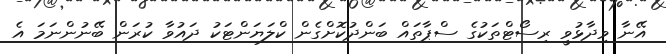
އޭނާ ވިދާޅުވީ ރިސޯޓްތަކުގެ ސްޕާތައް ބަންދުކޮށްގެން ކްލަޔަންޓަކު ދައުވާ ކުރަން ބޭނުންނަމަ އެ